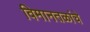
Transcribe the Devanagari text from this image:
विमानतळांचे